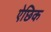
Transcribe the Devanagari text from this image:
ऐछिक